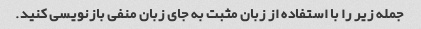
جمله زیر را با استفاده از زبان مثبت به جای زبان منفی بازنویسی کنید.